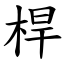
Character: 桿